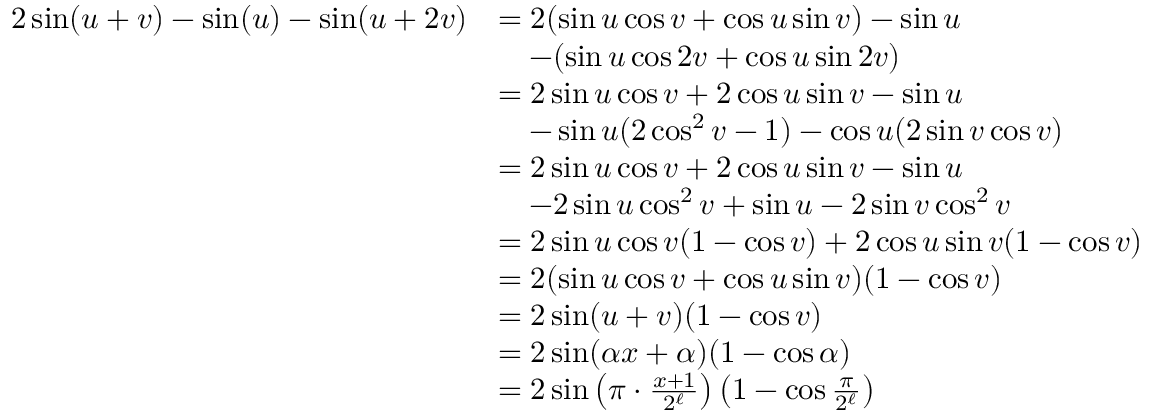
\begin{array} { r l } { 2 \sin ( u + v ) - \sin ( u ) - \sin ( u + 2 v ) } & { = 2 ( \sin u \cos v + \cos u \sin v ) - \sin u } \\ & { \quad - ( \sin u \cos 2 v + \cos u \sin 2 v ) } \\ & { = 2 \sin u \cos v + 2 \cos u \sin v - \sin u } \\ & { \quad - \sin u ( 2 \cos ^ { 2 } v - 1 ) - \cos u ( 2 \sin v \cos v ) } \\ & { = 2 \sin u \cos v + 2 \cos u \sin v - \sin u } \\ & { \quad - 2 \sin u \cos ^ { 2 } v + \sin u - 2 \sin v \cos ^ { 2 } v } \\ & { = 2 \sin u \cos v ( 1 - \cos v ) + 2 \cos u \sin v ( 1 - \cos v ) } \\ & { = 2 ( \sin u \cos v + \cos u \sin v ) ( 1 - \cos v ) } \\ & { = 2 \sin ( u + v ) ( 1 - \cos v ) } \\ & { = 2 \sin ( \alpha x + \alpha ) ( 1 - \cos \alpha ) } \\ & { = 2 \sin \left( \pi \cdot \frac { x + 1 } { 2 ^ { \ell } } \right) \left( 1 - \cos \frac { \pi } { 2 ^ { \ell } } \right) } \end{array}